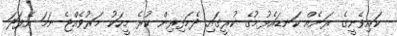
ކައިވެނީގެ ރަނެއް ކަނޑައެޅުމުގެ ކުރީގައި ދެމަފިރިން ކުރެ މީހަކު މަރުވެއްޖެ ނަމަ އެފަދަ